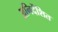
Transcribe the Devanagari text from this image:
अनिर्देशित